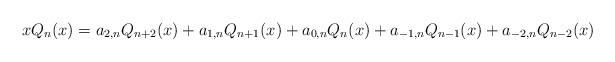
LaTeX: \begin{align*} x Q_n(x) = a_{2,n}Q_{n+2}(x) + a_{1,n}Q_{n+1}(x)+a_{0,n}Q_n(x)+a_{-1,n}Q_{n-1}(x)+a_{-2,n}Q_{n-2}(x)\end{align*}